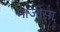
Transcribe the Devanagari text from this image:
माजीसा